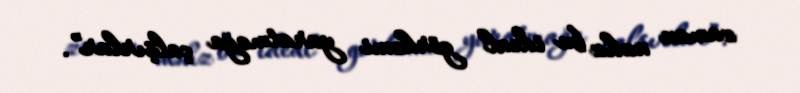
zaman məhz bu ideal görkəmi yaratmağa çalşırlar”.